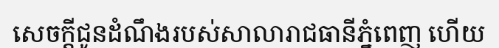
សេចក្តីជូនដំណឹងរបស់សាលារាជធានីភ្នំពេញ ហើយ